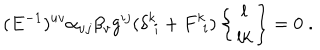
( E ^ { - 1 } ) ^ { u v } \alpha _ { u j } \beta _ { v } g ^ { i j } ( \delta ^ { k } \! _ { i } + F ^ { k } \! _ { i } ) \left\{ \begin{array} { c } { { l } } \\ { { l k } } \\ \end{array} \right\} = 0 \; .